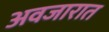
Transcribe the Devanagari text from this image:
अवजारात